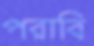
পরাবি